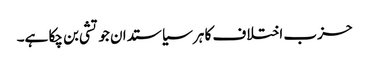
حزب اختلاف کا ہر سیاستدان جوتشی بن چکا ہے۔